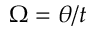
\Omega = \theta / t